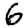
Digit: 6